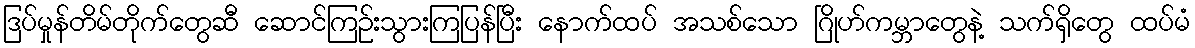
ဒြပ်မှုန်တိမ်တိုက်တွေဆီ ဆောင်ကြဉ်းသွားကြပြန်ပြီး နောက်ထပ် အသစ်သော ဂြိုဟ်ကမ္ဘာတွေနဲ့ သက်ရှိတွေ ထပ်မံ